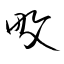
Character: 畋